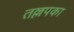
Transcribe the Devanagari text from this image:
तल्लपका